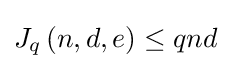
J_{q}\left(n,d,e\right)\leq qnd